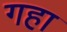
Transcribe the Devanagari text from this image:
गहा